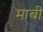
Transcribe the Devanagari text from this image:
माबी